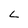
Character: L